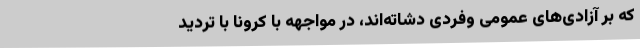
که بر آزادی‌های عمومی وفردی دشاته‌اند، در مواجهه با کرونا با تردید